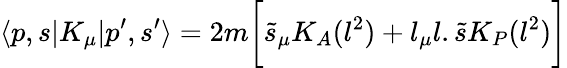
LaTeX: \langle p,s|K_{\mu}|p^{\prime},s^{\prime}\rangle=2m\biggl[{\tilde{s}}_{\mu}K_{A}(l^{2})+l_{\mu}l.{\tilde{s}}K_{P}(l^{2})\biggr]